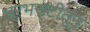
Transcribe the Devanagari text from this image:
भरभराटीतून